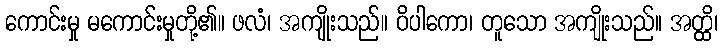
ကောင်းမှု မကောင်းမှုတို့၏။ ဖလံ၊ အကျိုးသည်။ ဝိပါကော၊ တူသော အကျိုးသည်။ အတ္ထိ၊